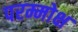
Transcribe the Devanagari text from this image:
परम्मोक्ष